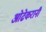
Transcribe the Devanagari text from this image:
ओढेकरानी